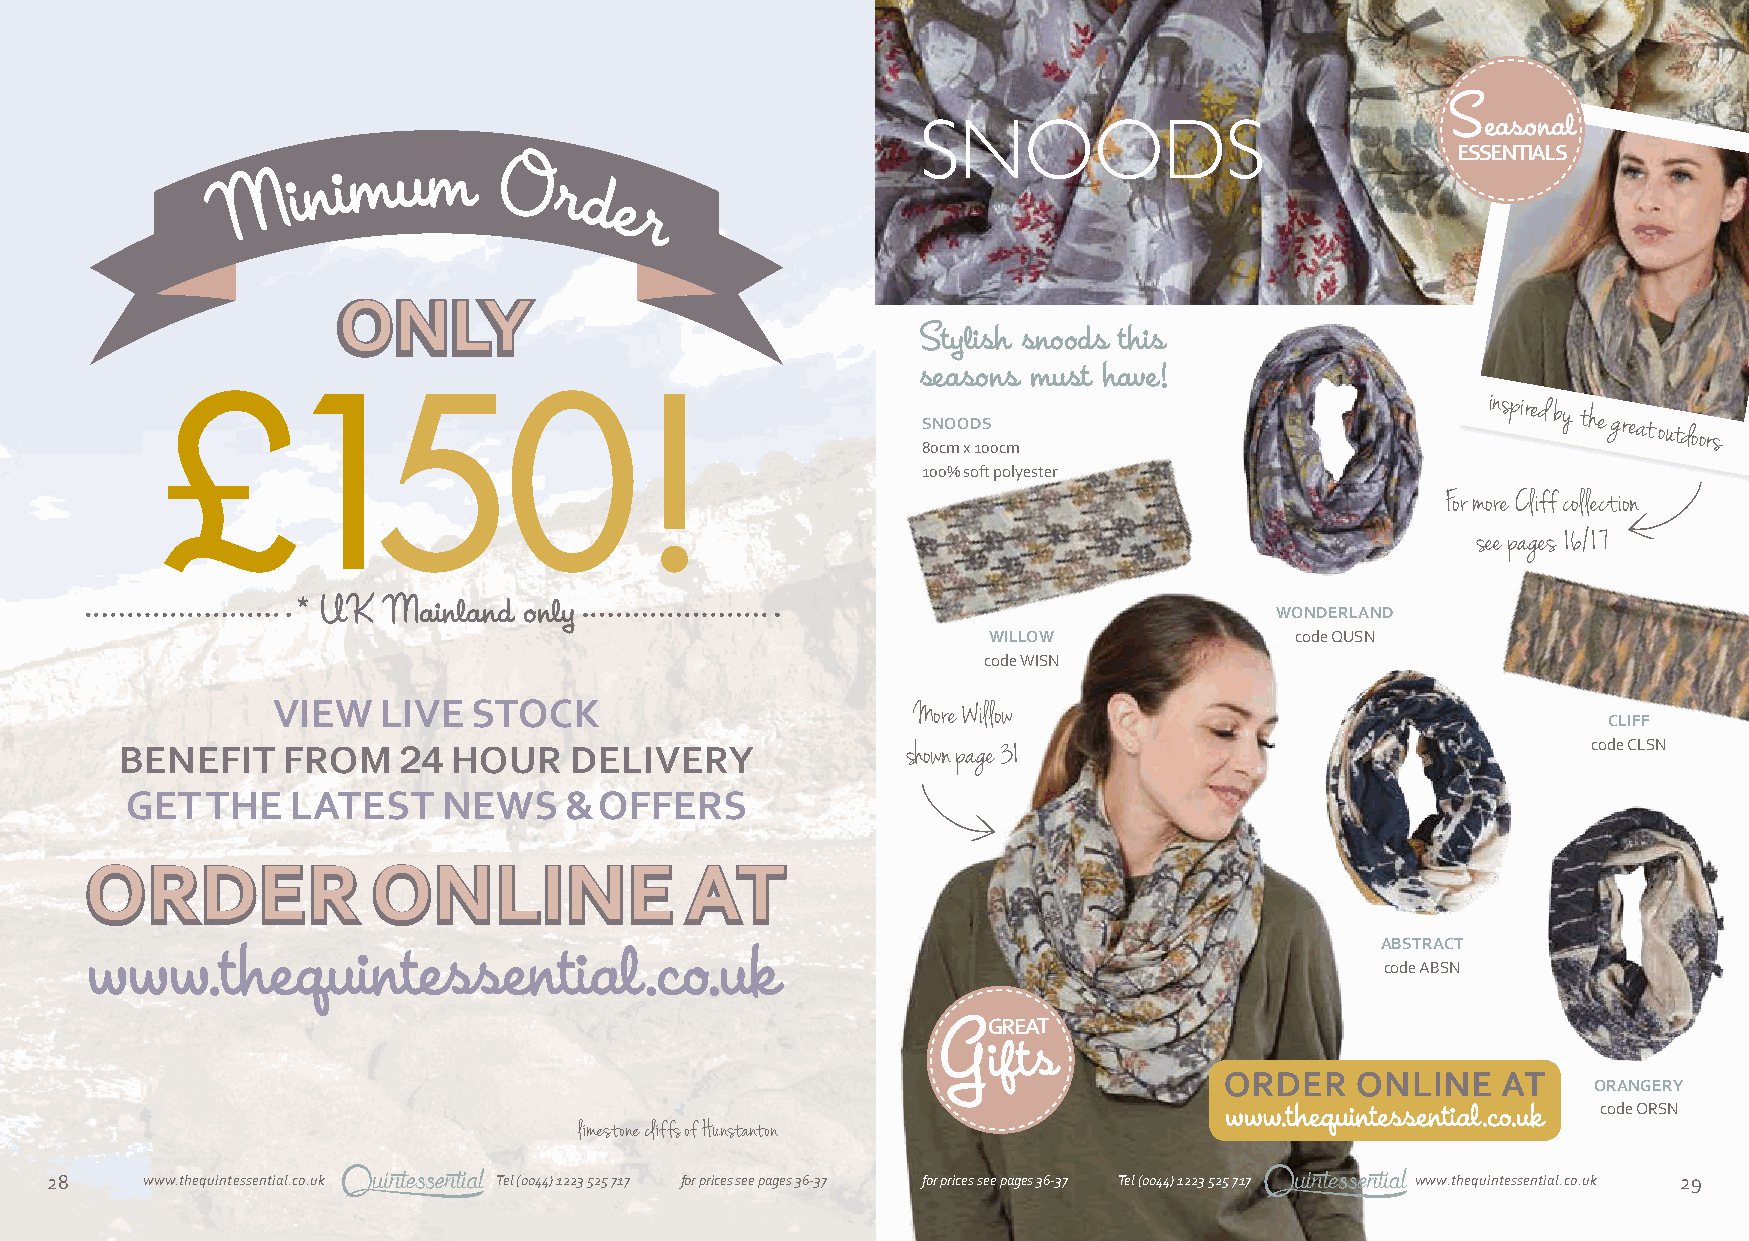
S
 easonal
 SNOODS
 ESSENTIALS
 Stylish snoods this
 seasons must have!
 £150!                                             SNOODS
 inspired
 by the great outdoors
 80cm x 100cm
 100% soft polyester
 For more Cliff collection
 see pages 16/17
 * UK Mainland  only                                             WONDERLAND
 WILLOW               code QUSN
 code WISN
 VIEW   LIVE  STOCK
 More Willow
 CLIFF
 BENEFIT    FROM   24  HOUR    DELIVERY              shown page 31                                code CLSN
 GET   THE  LATEST    NEWS    &  OFFERS
 ABSTRACT
 code ABSN
 GREAT
 G
 ifts
 ORANGERY
 code ORSN
 limestone cliffs of Hunstanton
 28    www.thequintessential.co.uk Tel (0044) 1223 525 717 for prices see pages 36-37 for prices see pages 36-37 Tel (0044) 1223 525 717 www.thequintessential.co.uk 29